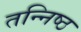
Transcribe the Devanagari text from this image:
तन्निष्ठ